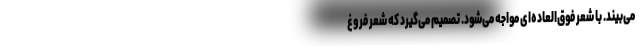
می‌بیند. با شعر فوق‌العاده‌ای مواجه می‌شود. تصمیم می‌گیرد که شعر فروغ